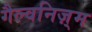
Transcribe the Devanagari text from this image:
गैल्वनिज़्म